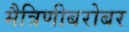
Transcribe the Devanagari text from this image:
मैत्रिणीबरोबर